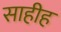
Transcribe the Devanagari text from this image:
साहीह